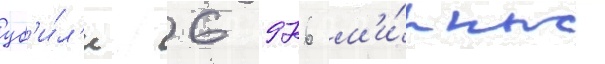
уб'и́л'и 6 976 м'и́рных